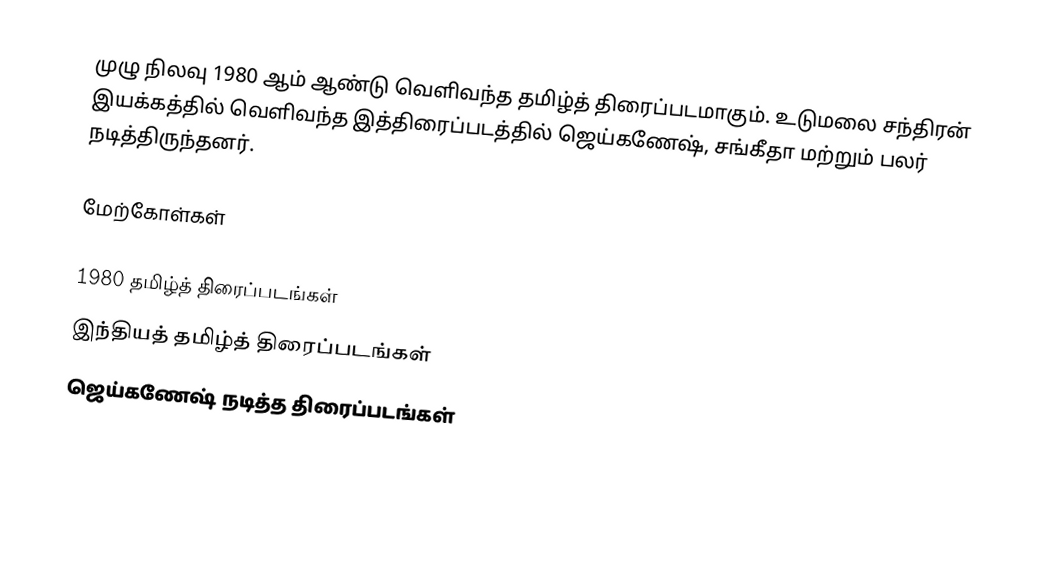
முழு நிலவு 1980 ஆம் ஆண்டு வெளிவந்த தமிழ்த் திரைப்படமாகும். உடுமலை சந்திரன் இயக்கத்தில் வெளிவந்த இத்திரைப்படத்தில் ஜெய்கணேஷ், சங்கீதா மற்றும் பலர் நடித்திருந்தனர்.

மேற்கோள்கள்

1980 தமிழ்த் திரைப்படங்கள்
இந்தியத் தமிழ்த் திரைப்படங்கள்
ஜெய்கணேஷ் நடித்த திரைப்படங்கள்